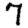
Digit: 7